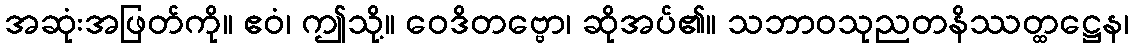
အဆုံးအဖြတ်ကို။ ဧဝံ၊ ဤသို့။ ဝေဒိတဗ္ဗော၊ ဆိုအပ်၏။ သဘာဝသုညတနိဿတ္ထဋ္ဌေန၊